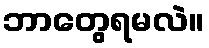
ဘာတွေရမလဲ။